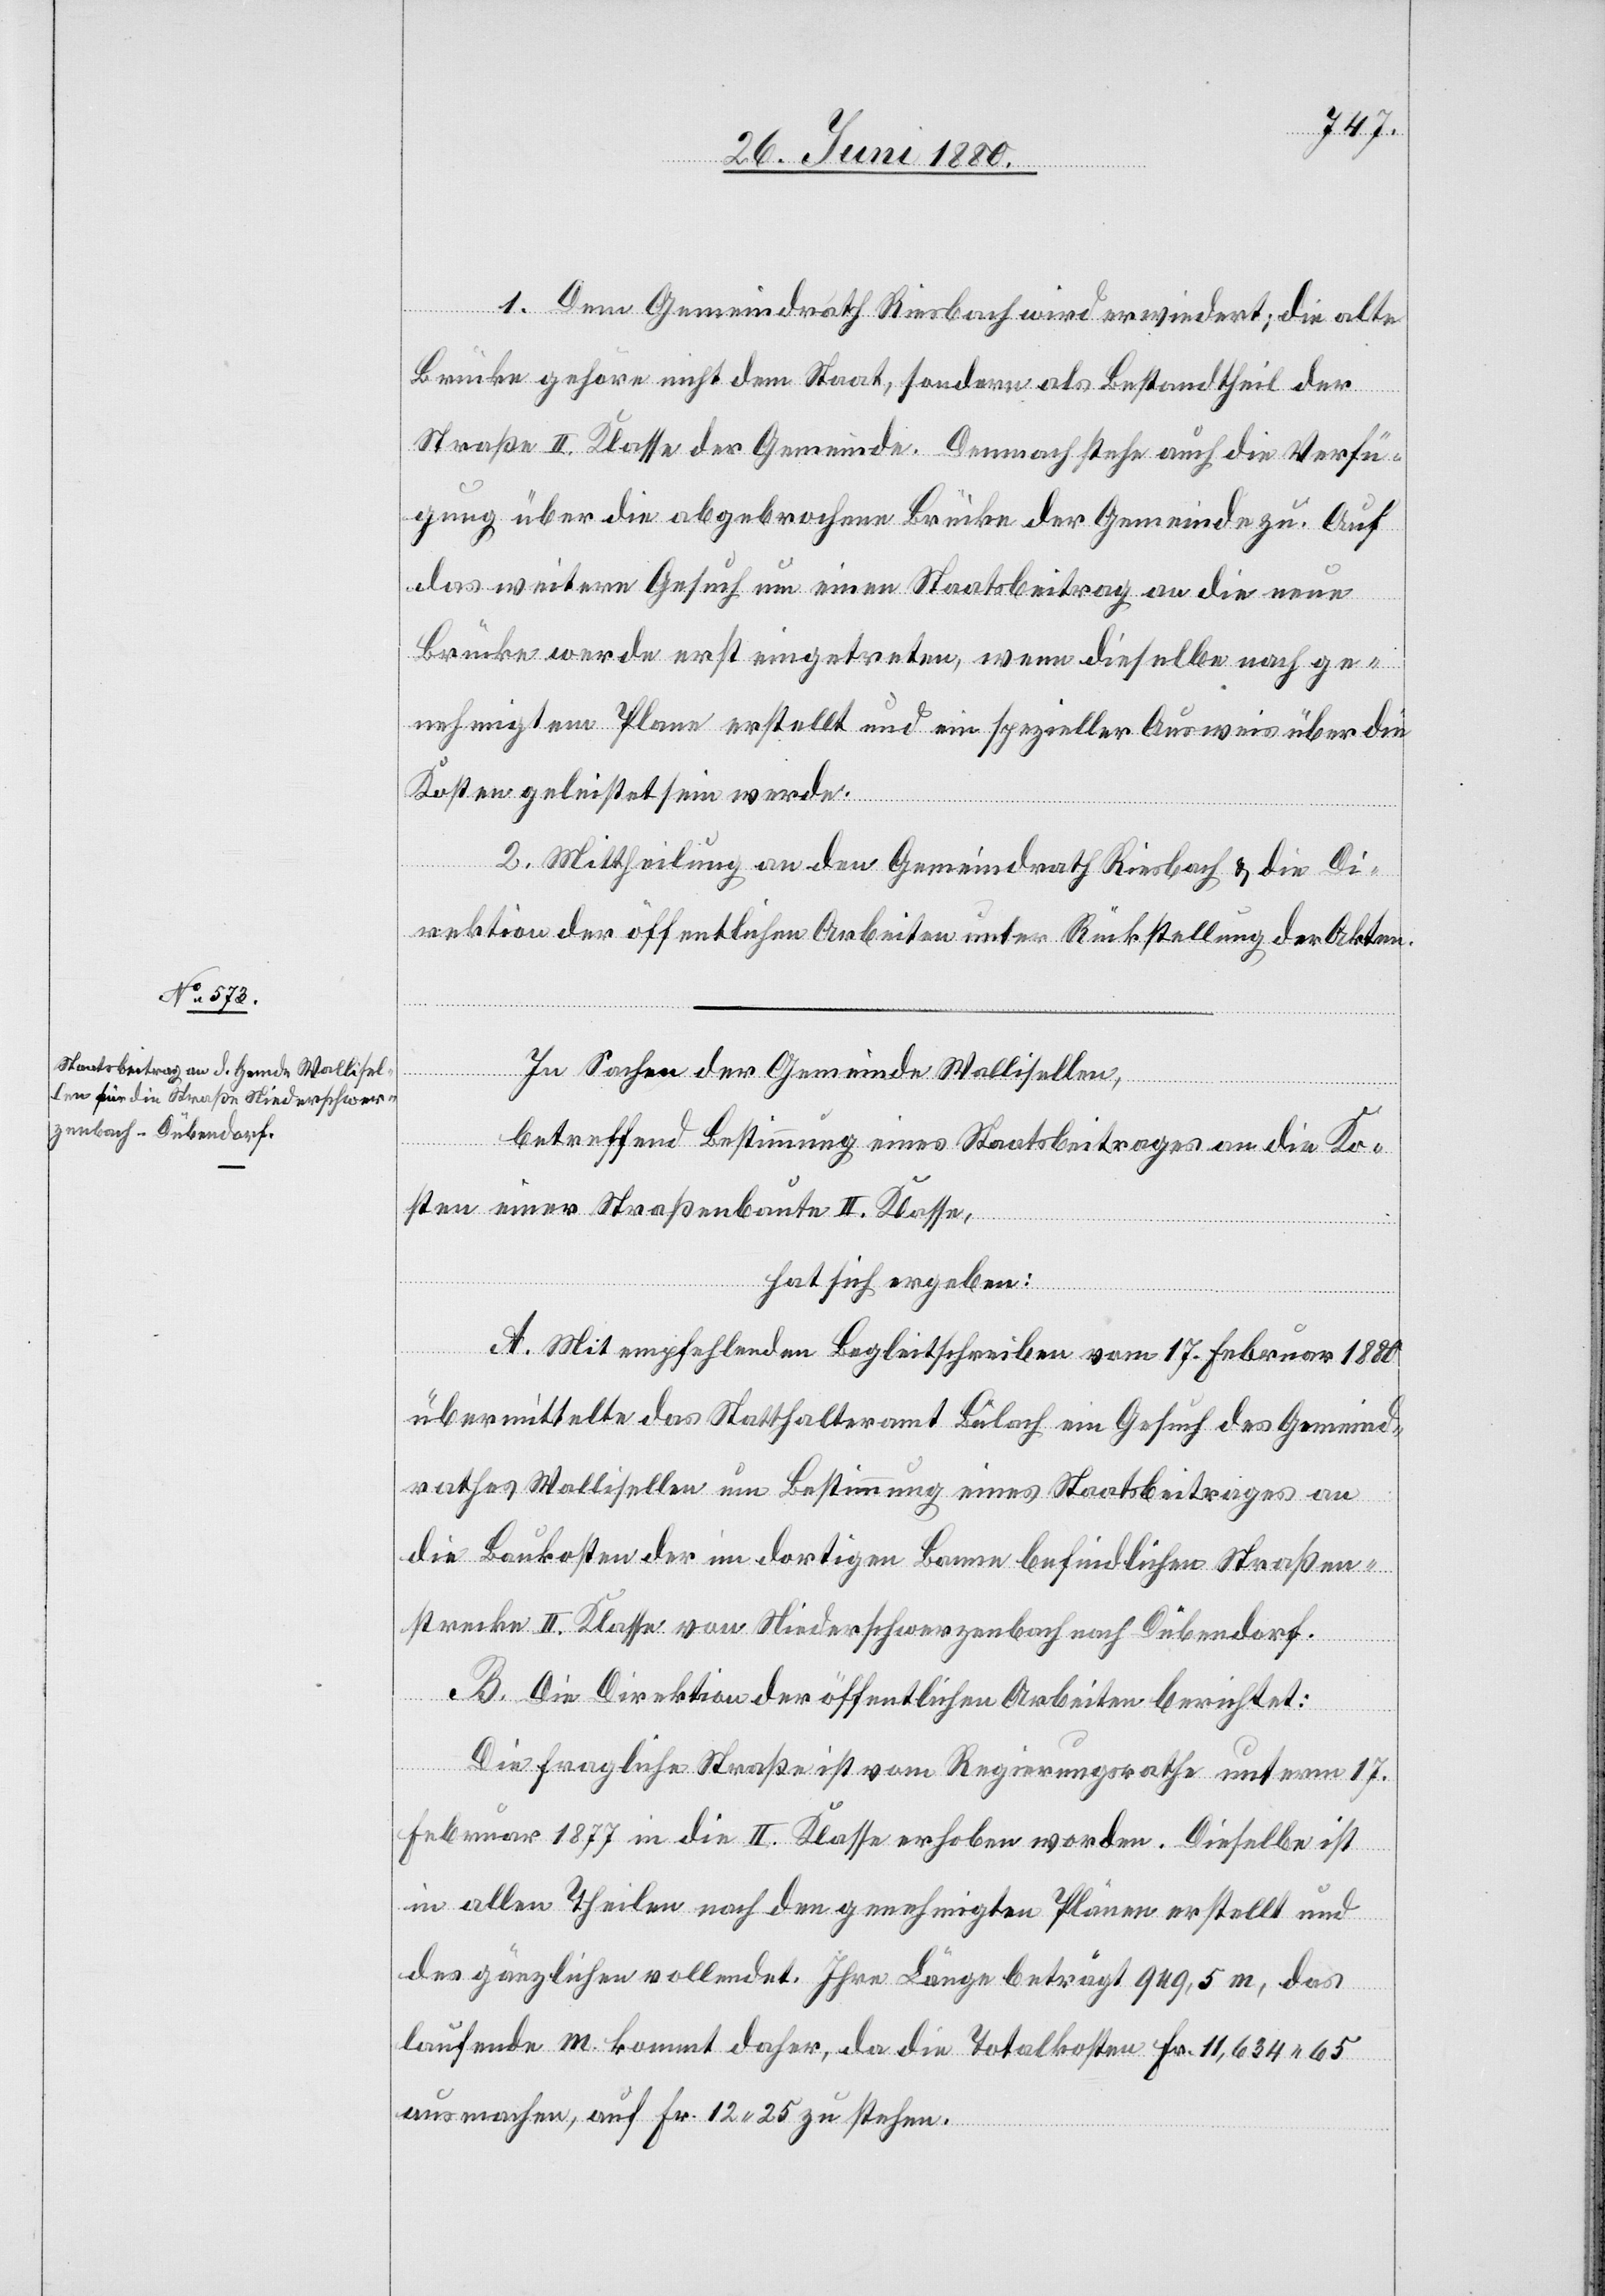
1. Dem Gemeindrath Riesbach wird erwiedert, die alte
Brücke gehöre nicht dem Staat, sondern als Bestandtheil der
Straße II. Klasse der Gemeinde. Demnach stehe auch die Verfü¬
gung über die abgebrochene Brücke der Gemeinde zu. Auf
das weitere Gesuch um einen Staatsbeitrag an die neue
Brücke werde erst eingetreten, wenn dieselbe nach ge¬
nehmigtem Plane erstellt und ein spezieller Ausweis über die
Kosten geleistet sein werde.
2. Mittheilung an den Gemeindrath Riesbach & die Di¬
rektion der öffentlichen Arbeiten unter Rückstellung der Akten.
In Sachen der Gemeinde Wallisellen,
betreffend Bestimmung eines Staatsbeitrages an die Ko¬
sten einer Straßenbaute II. Klasse,
hat sich ergeben:
A. Mit empfehlendem Begleitschreiben vom 17. Februar 1880
übermittelt das Statthalteramt Bülach ein Gesuch des Gemeind¬
rathes Wollishofen um Bestimmung eines Staatsbeitrages an
die Baukosten der im dortigen Banne befindlichen Straßen¬
strecke II. Klasse von Niederschwerzenbach nach Dübendorf.
B. Die Direktion der öffentlichen Arbeiten berichtet:
Die fragliche Straße ist vom Regierungsrathe unterm 17.
Februar 1877 in die II. Klasse erhoben worden. Dieselbe ist
in allen Theilen nach den genehmigten Plänen erstellt und
des gänzlichen vollendet. Ihre Länge beträgt 949,5 m, das
laufende m kommt daher, da die Totalkosten Fr. 11,634.65
ausmachen, auf Fr. 12,25 zu stehen.